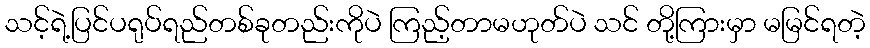
သင့်ရဲ့ပြင်ပရုပ်ရည်တစ်ခုတည်းကိုပဲ ကြည့်တာမဟုတ်ပဲ သင် တို့ကြားမှာ မမြင်ရတဲ့